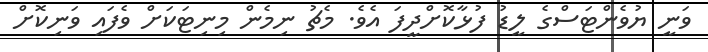
ވަނީ ޔުވެންޓަސްގެ ލީޑު ފުޅާކޮށްދީފަ އެވެ. މެޗު ނިމެން މިނިޓަކަށް ވެފައި ވަނިކޮށް